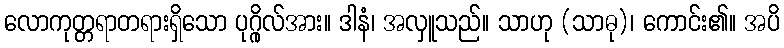
လောကုတ္တရာတရားရှိသော ပုဂ္ဂိုလ်အား။ ဒါနံ၊ အလှူသည်။ သာဟု (သာဓု)၊ ကောင်း၏။ အပိ